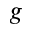
g